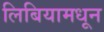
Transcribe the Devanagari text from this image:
लिबियामधून